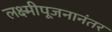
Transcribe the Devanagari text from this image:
लक्ष्मीपूजनानंतर